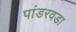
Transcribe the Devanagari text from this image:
पांडरवडा